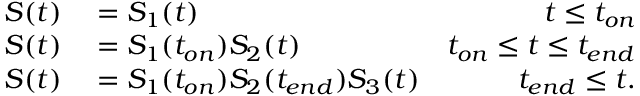
\begin{array} { r l r } { S ( t ) } & { { } = S _ { 1 } ( t ) } & { t \leq t _ { o n } } \\ { S ( t ) } & { { } = S _ { 1 } ( t _ { o n } ) S _ { 2 } ( t ) } & { t _ { o n } \leq t \leq t _ { e n d } } \\ { S ( t ) } & { { } = S _ { 1 } ( t _ { o n } ) S _ { 2 } ( t _ { e n d } ) S _ { 3 } ( t ) } & { t _ { e n d } \leq t . } \end{array}